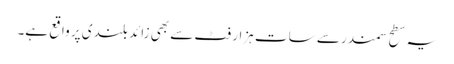
یہ سطح سمندر سے سات ہزار فٹ سے بھی زائد بلندی پر واقع ہے۔